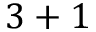
3 + 1